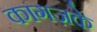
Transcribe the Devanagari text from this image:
कागज़के